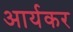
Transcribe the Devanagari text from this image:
आर्यकर